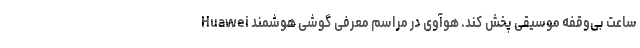
ساعت بی‌وقفه موسیقی پخش کند. هوآوی در مراسم معرفی گوشی هوشمند Huawei